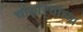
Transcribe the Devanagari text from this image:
चौथाऱ्यांच्या